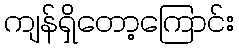
ကျန်ရှိတော့ကြောင်း